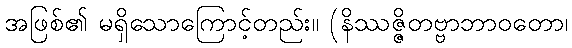
အဖြစ်၏ မရှိသောကြောင့်တည်း။ (နိဿဇ္ဇိတဗ္ဗာဘာဝတော၊